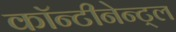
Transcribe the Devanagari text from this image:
कॉन्टीनेन्ट्ल